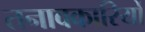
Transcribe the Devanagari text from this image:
तनावकारियों